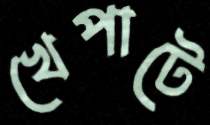
খেপাটে